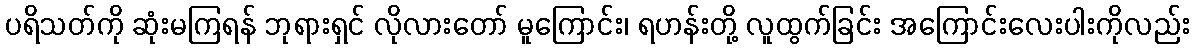
ပရိသတ်ကို ဆုံးမကြရန် ဘုရားရှင် လိုလားတော် မူကြောင်း၊ ရဟန်းတို့ လူထွက်ခြင်း အကြောင်းလေးပါးကိုလည်း